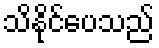
သိနိုင်ပေသည်